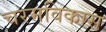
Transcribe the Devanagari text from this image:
चरमविकास